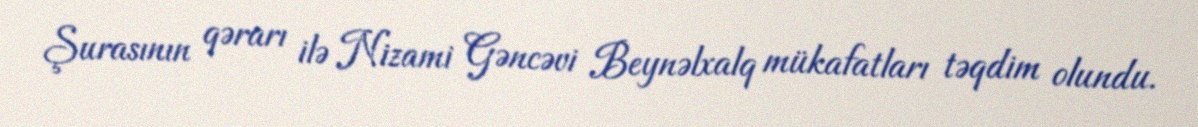
Şurasının qərarı ilə Nizami Gəncəvi Beynəlxalq mükafatları təqdim olundu.